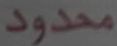
محدود